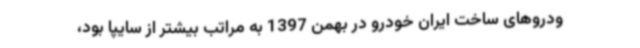
ودروهای ساخت ایران خودرو در بهمن 1397 به مراتب بیشتر از سایپا بود،